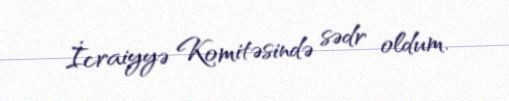
İcraiyyə Komitəsində sədr oldum.